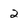
Character: 2